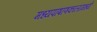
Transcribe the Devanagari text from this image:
मध्यपाषाणकालामध्ये